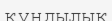
кұндылық